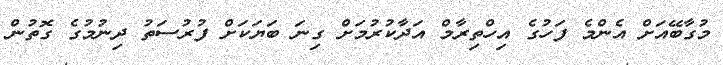
މުގާބޭއަށް އެންމެ ފަހުގެ އިހްތިރާމް އަދާކުރުމަށް ގިނަ ބަޔަކަށް ފުރުސަތު ދިނުމުގެ ގޮތުން